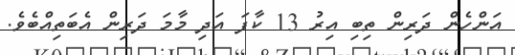
އަންހެން ދަރިން ތިބި އިރު 13 ކާފަ އަދި މާމަ ދަރިން އެބަތިއްބެވެ.